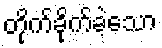
တိုက်ခိုက်ခဲ့သော